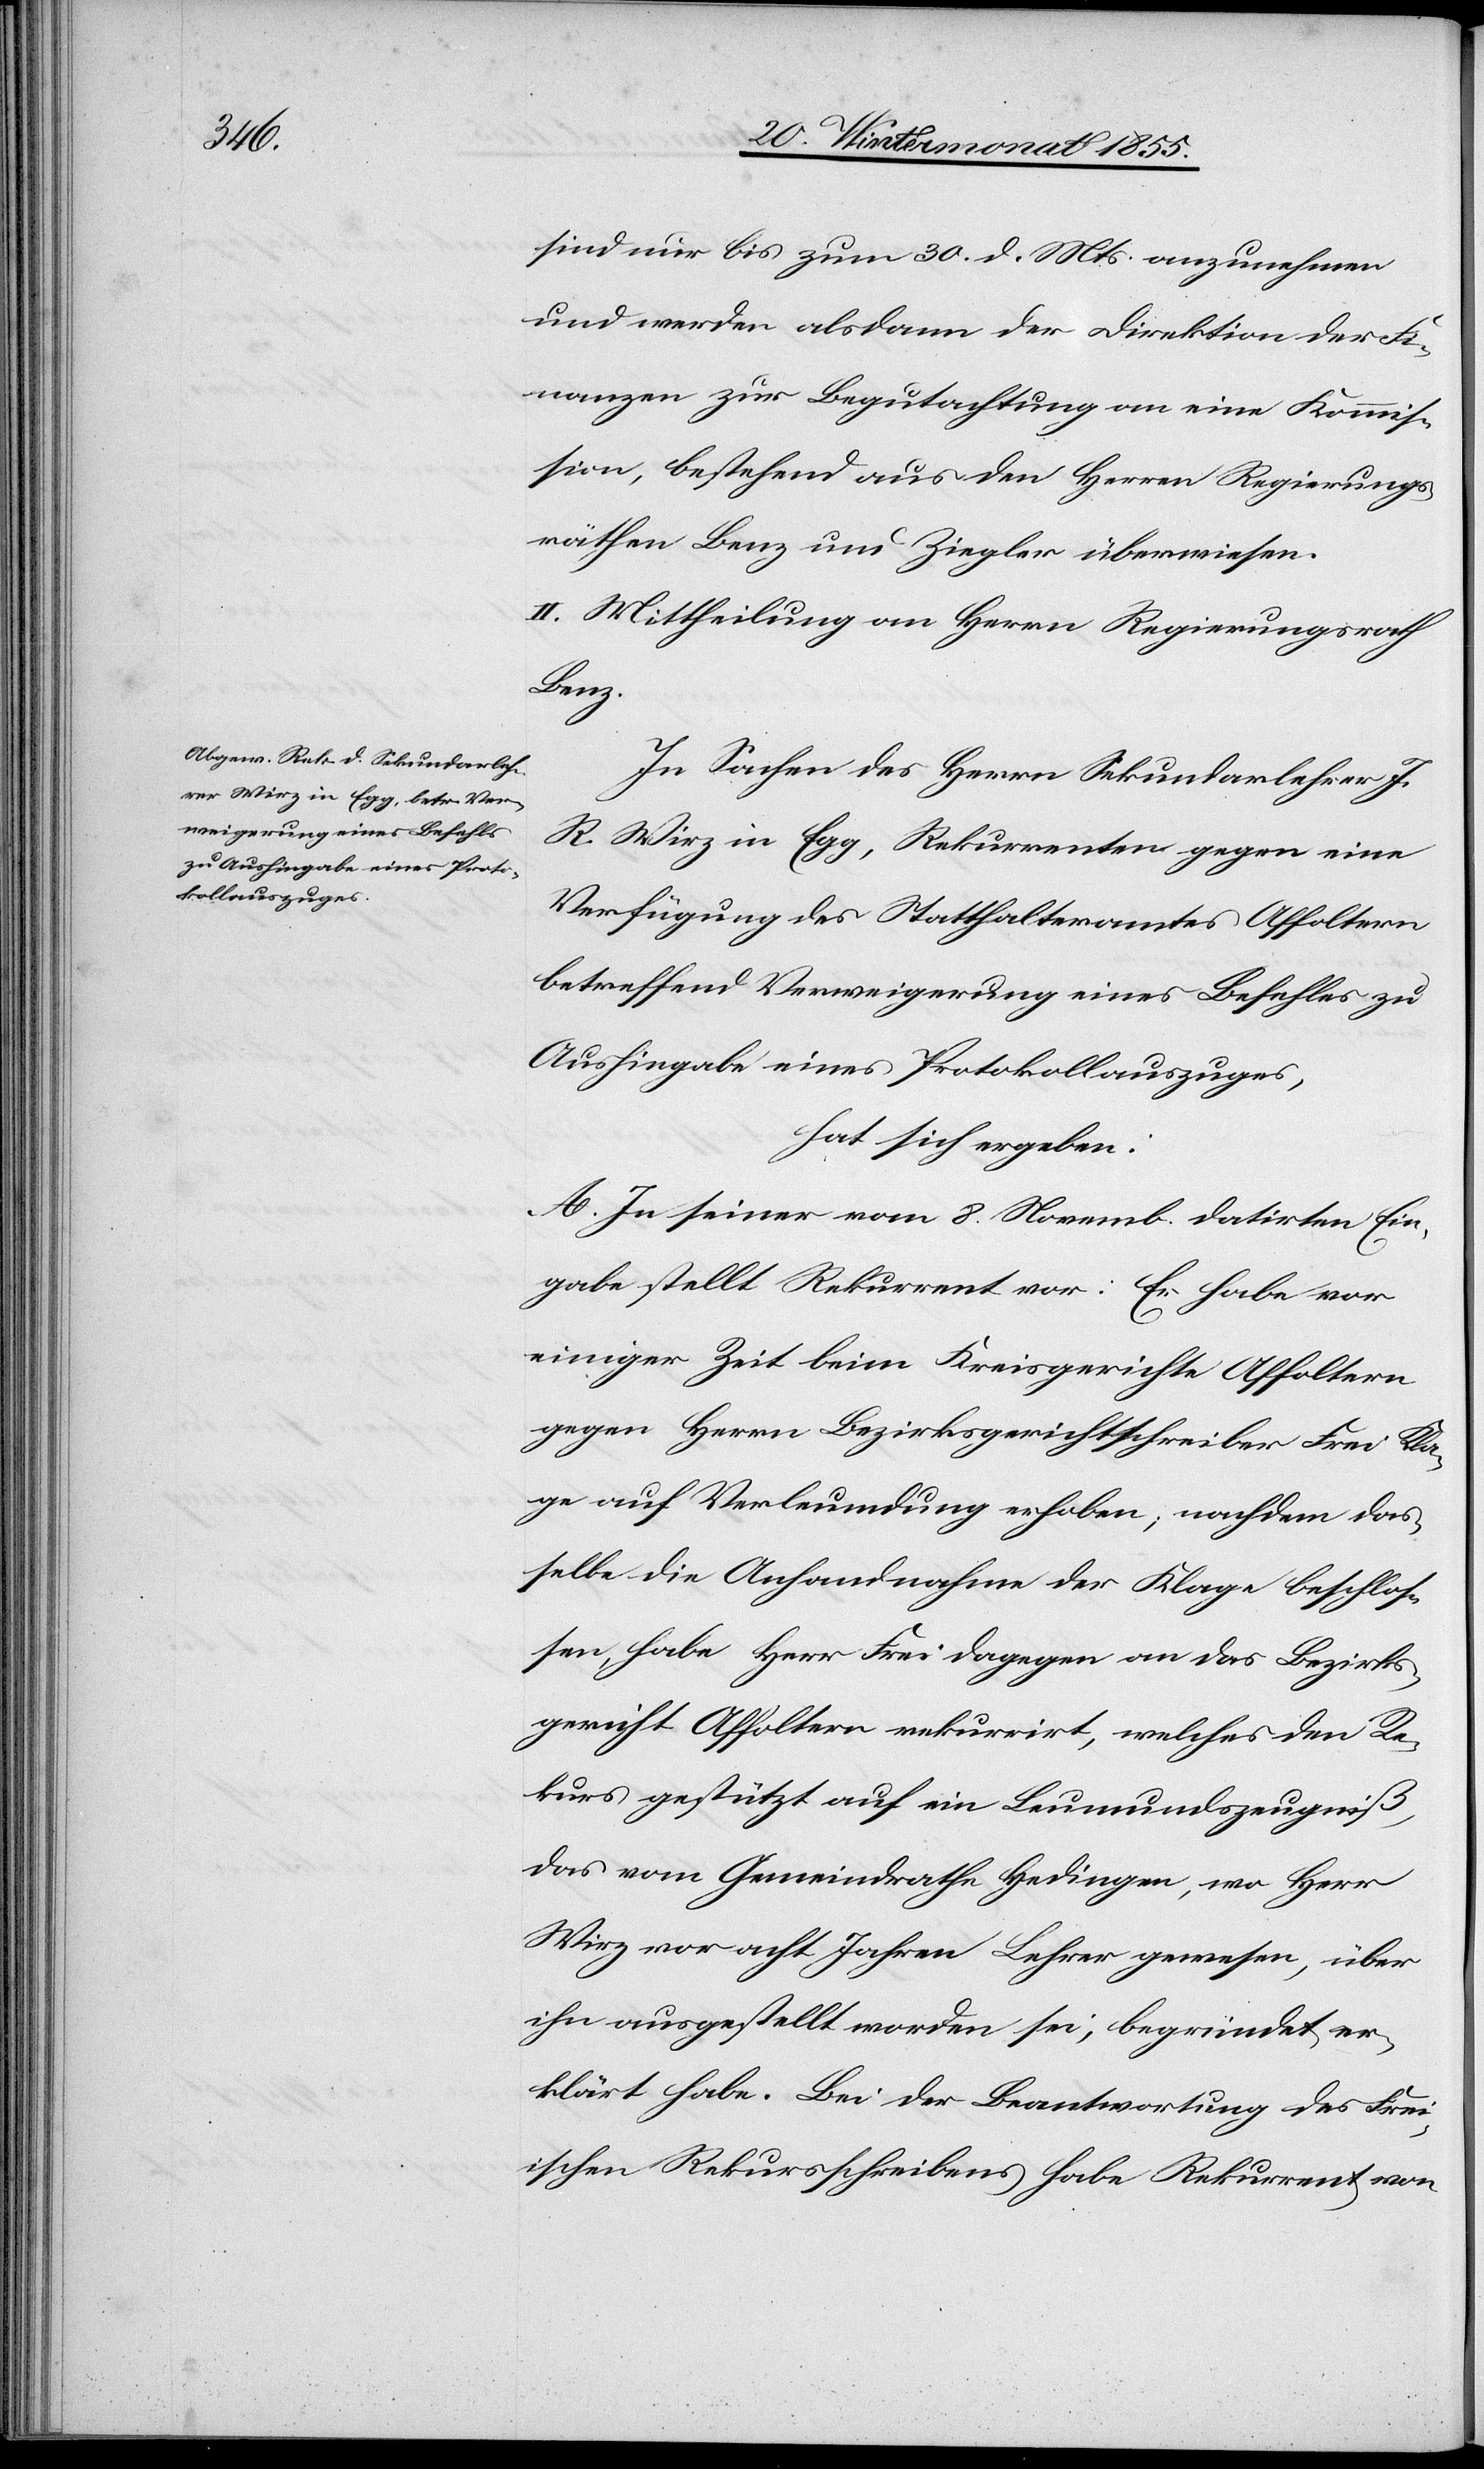
sind nur bis zum 30. d. Mts. anzunehmen
und werden alsdann der Direktion der Fi¬
nanzen zur Begutachtung an eine Kommis¬
sion, bestehend aus den Herren Regierungs¬
räthen Benz und Ziegler überwiesen.
II. Mittheilung an Herrn Regierungsrath
Benz.
In Sachen des Herrn Sekundarlehrer J.
R. Wirz in Egg, Rekurrenten gegen eine
Verfügung des Statthalteramtes Affoltern
betreffend Verweigerung eines Befehles zu
Aushingabe eines Protokollauszuges,
hat sich ergeben:
A. In seiner vom 8. Novemb. datirten Ein¬
gabe stellt Rekurrent vor: Er habe vor
einiger Zeit beim Kreisgerichte Affoltern
gegen Herrn Bezirksgerichtschreiber Frei Kla¬
ge auf Verleumdung erhoben; nachdem das¬
selbe die Anhandnahme der Klage beschlos¬
sen, habe Herr Frei dagegen an das Bezirks¬
gericht Affoltern rekurrirt, welches den Re¬
kurs gestützt auf ein Leumundszeugniß,
das vom Gemeindrathe Hedingen, wo Herr
Wirz vor acht Jahren Lehrer gewesen, über
ihn ausgestellt worden sei, begründet er¬
klärt habe. Bei der Beantwortung des Frei¬
ischen Rekursschreibens habe Rekurrent von